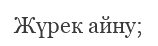
Жүрек айну;